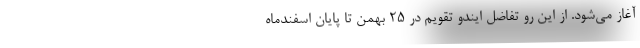
آغاز می‌شود. از این رو تفاضل ایندو تقویم در ۲۵ بهمن تا پایان اسفندماه